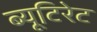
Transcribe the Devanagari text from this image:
ब्यूटिरेट